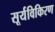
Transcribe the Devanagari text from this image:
सूर्यविकिरण